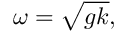
\omega = { \sqrt { g k } } ,